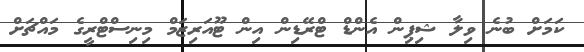
ކަމަށް ބުނެ ވިލާ ޝިޕިން އެންޑް ޓްރޭޑިން އިން ޓޫއަރިޒަމް މިނިސްޓްރީގެ މައްޗަށް